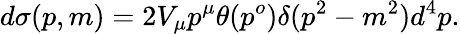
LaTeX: d\sigma(p,m)=2V_{\mu}p^{\mu}\theta(p^{o})\delta(p^{2}-m^{2})d^{4}p.